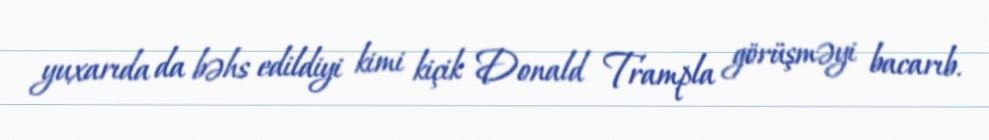
yuxarıda da bəhs edildiyi kimi kiçik Donald Trampla görüşməyi bacarıb.